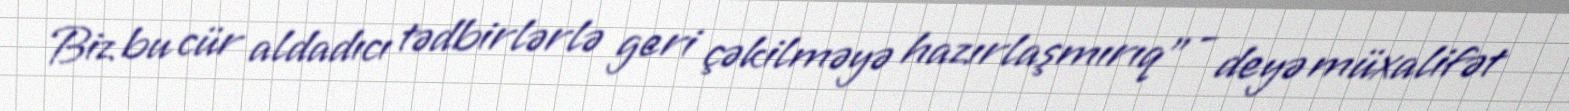
Biz bu cür aldadıcı tədbirlərlə geri çəkilməyə hazırlaşmırıq” - deyə müxalifət